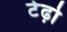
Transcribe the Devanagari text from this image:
टेढ़ो